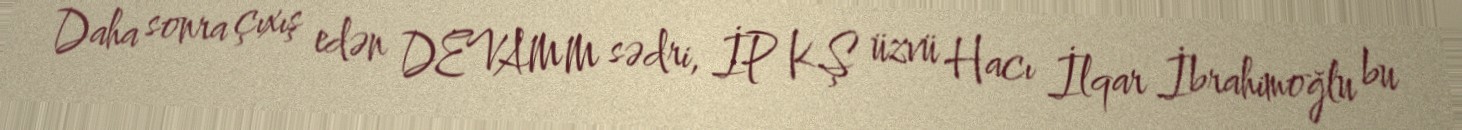
Daha sonra çıxış edən DEVAMM sədri, İP KŞ üzvü Hacı İlqar İbrahimoğlu bu